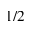
1 / 2